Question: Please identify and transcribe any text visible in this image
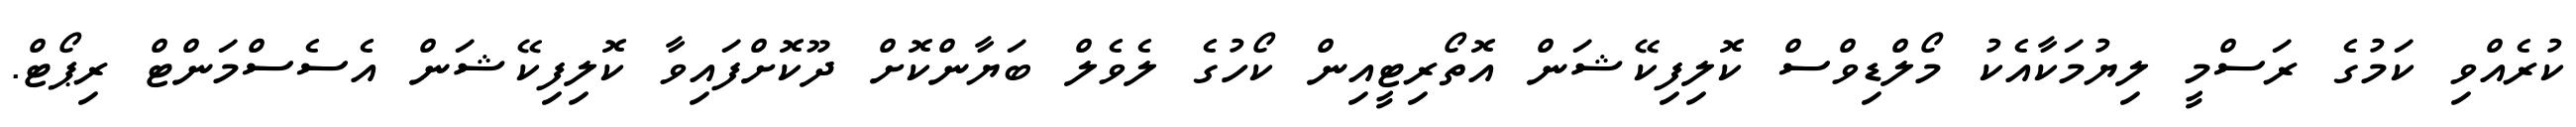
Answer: ކުރެއްވި ކަމުގެ ރަސްމީ ލިޔުމަކާއެކު މޯލްޑިވްސް ކޮލިފިކޭޝަން އޮތޯރިޓީއިން ކޯހުގެ ލެވެލް ބަޔާންކޮށް ދޫކޮށްފައިވާ ކޮލިފިކޭޝަން އެސެސްމަންޓް ރިޕޯޓް.